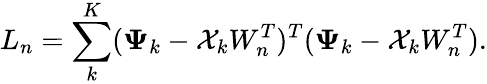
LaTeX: L_{n}=\sum_{k}^{K}(\mathbf{\Psi}_{k}-\mathcal{X}_{k}W_{n}^{T})^{T}(\mathbf{\Psi}_{k}-\mathcal{X}_{k}W_{n}^{T}).